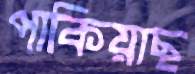
পাকিয়াছ